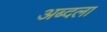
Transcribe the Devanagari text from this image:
अब्दला